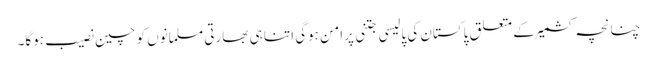
چنانچہ کشمیرکے متعلق پاکستان کی پالیسی جتنی پرامن ہوگی اتنا ہی بھارتی مسلمانوں کو چین نصیب ہوگا۔